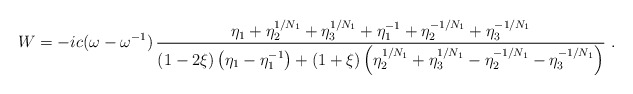
\begin{align*}W=-ic(\omega-\omega^{-1})\,{\eta_1+\eta_2^{1/N_1}+\eta_3^{1/N_1}+ \eta_1^{-1}+\eta_2^{-1/N_1}+\eta_3^{-1/N_1} \over (1-2\xi) \left(\eta_1-\eta_1^{-1}\right)+(1+\xi) \left(\eta_2^{1/N_1}+\eta_3^{1/N_1}- \eta_2^{-1/N_1}-\eta_3^{-1/N_1}\right)} \ .\end{align*}